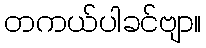
တကယ်ပါခင်ဗျာ။